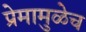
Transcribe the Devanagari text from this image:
प्रेमामुळेच